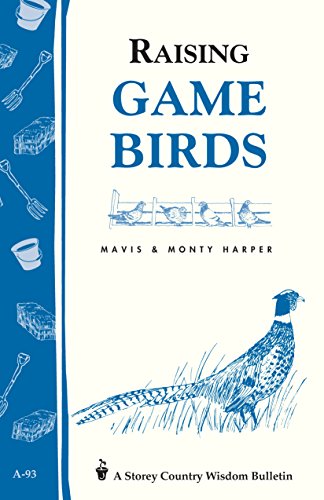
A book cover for Raising Game Birds: Storey's Country Wisdom Bulletin A-93 (Storey Country Wisdom Bulletin); Mavis Harper; Crafts, Hobbies & Home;